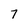
Character: 7